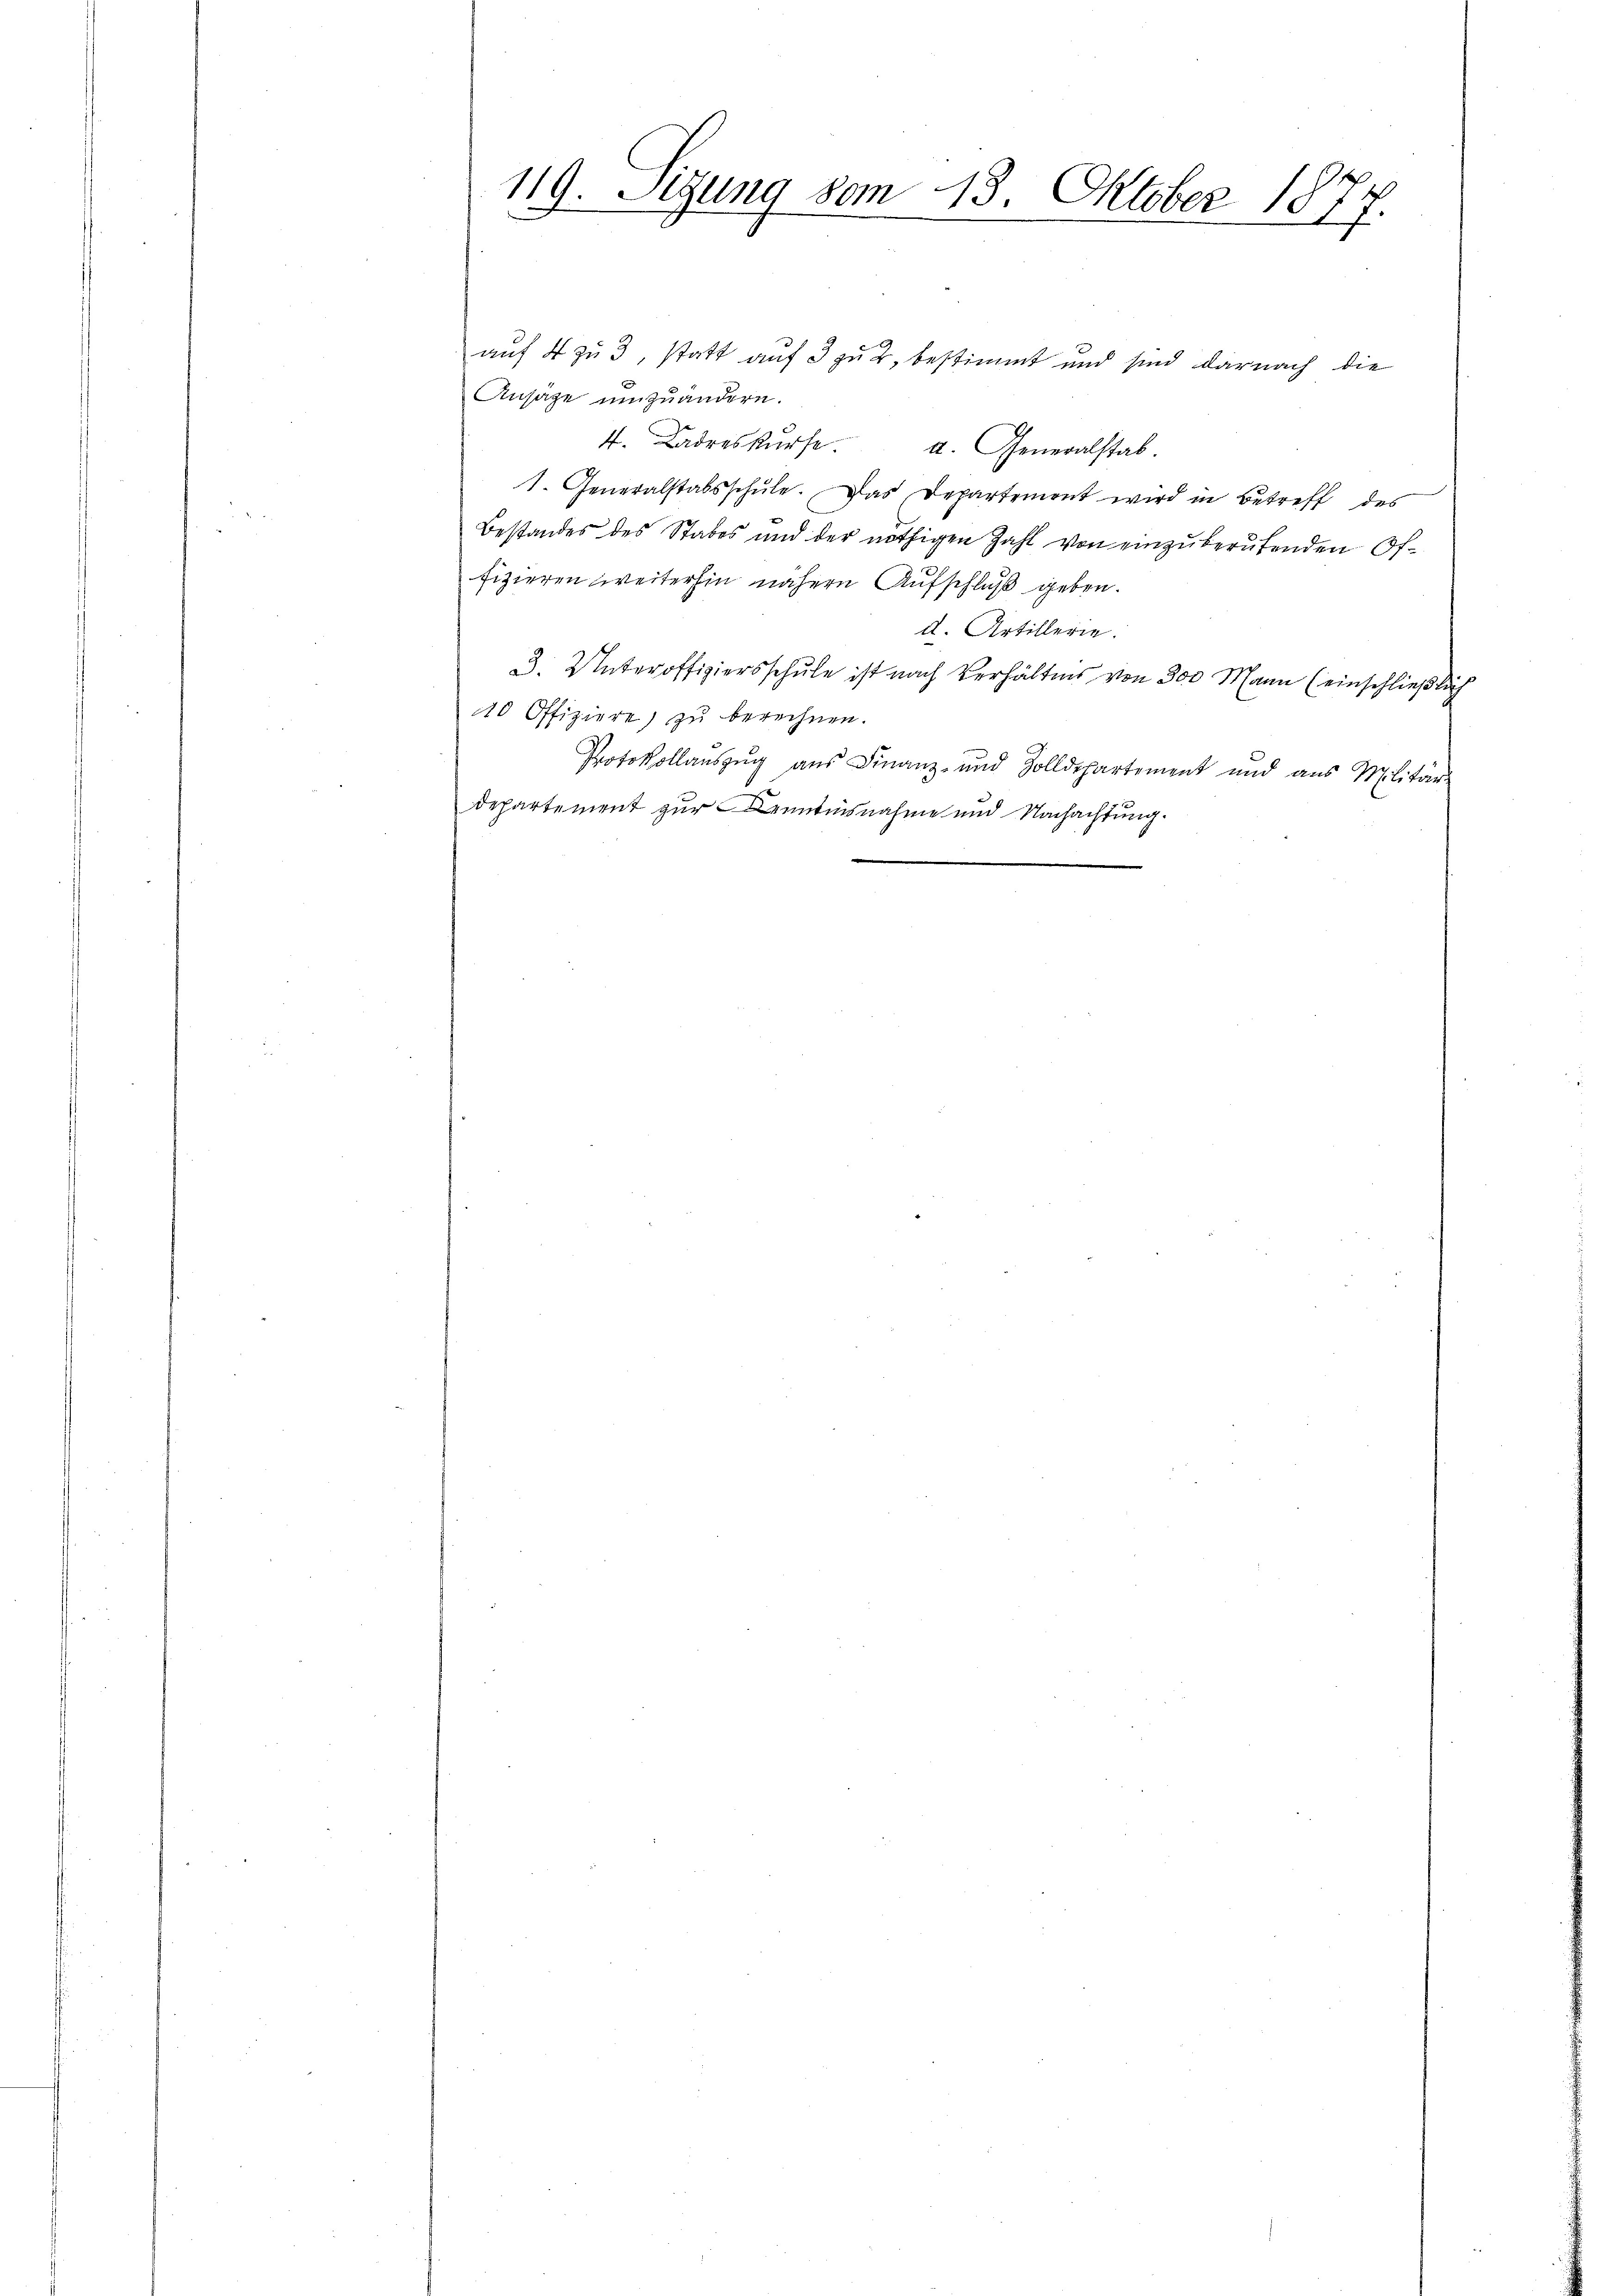
119. Sitzung vom 18. Oktober 1877.

auf 4 zu 3, statt auf 3 zu 2, bestimmt und sind darnach die
Ansäge umzuändern.
4. Ladreskürfe. u. Generalstab.
1. Generalstabsschŭle. Das Departemont wird in Betreff des
Bestandes des Stabes und der nöthigen Zahl von einzuberufenden Offizieren weiterhin nähern Aufschluß geben.
d. Artillerie.
3. Unteroffiziersschule ist nach Verhältnis von 300 Mann (einschließlich
20 Offiziere) zu berechnen.
Protokollauszug aus Finanz- und Zolldepartement und aus Militär-
Departement zur Kenntnisnahme und Nachachtung.